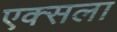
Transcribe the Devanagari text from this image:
एक्सला